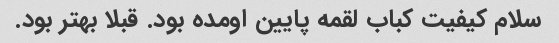
سلام کیفیت کباب لقمه پایین اومده بود. قبلا بهتر بود.